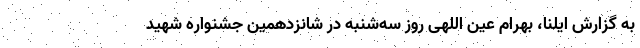
به گزارش ایلنا، بهرام عین اللهی روز سه‌شنبه در شانزدهمین جشنواره شهید